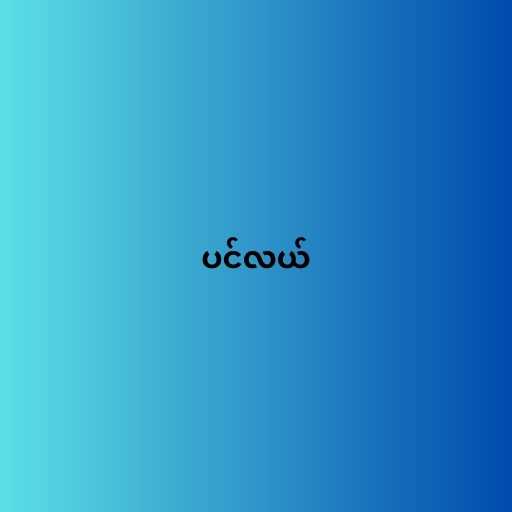
ပင်လယ်